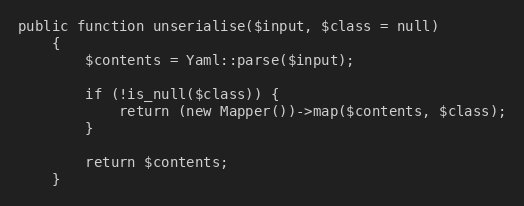
Language: PHP
public function unserialise($input, $class = null)
    {
        $contents = Yaml::parse($input);

        if (!is_null($class)) {
            return (new Mapper())->map($contents, $class);
        }

        return $contents;
    }